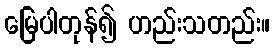
မြေပါတုန်၍ ဟည်းသတည်း။